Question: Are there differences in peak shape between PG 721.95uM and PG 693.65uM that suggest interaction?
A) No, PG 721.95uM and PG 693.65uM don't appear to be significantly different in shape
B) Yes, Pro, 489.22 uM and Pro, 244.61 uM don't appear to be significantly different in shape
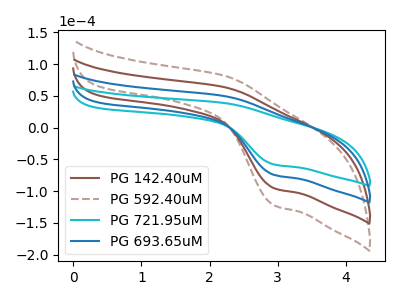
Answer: <think>The brown curve "PG 142.40uM" has an anodic peak at (2.25V, 99.15uA) and a cathodic peak at (2.95V, -149.10uA). The brown dashed curve "PG 592.40uM" has an anodic peak at (2.25V, 148.70uA) and a cathodic peak at (2.95V, -223.65uA). The cyan curve "PG 721.95uM" has an anodic peak at (2.25V, 38.65uA) and a cathodic peak at (2.95V, -58.15uA). The blue curve "PG 693.65uM" has an anodic peak at (2.25V, 49.55uA) and a cathodic peak at (2.95V, -74.55uA).
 All the peaks in "PG 721.95uM" have a peak in "PG 693.65uM" at the same potential. Every peak in "PG 721.95uM" is lower than every peak in "PG 693.65uM".</think>
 <answer>A) No, "PG 721.95uM" and "PG 693.65uM" don't appear to be significantly different in shape</answer>
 <eval>A</eval>